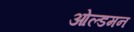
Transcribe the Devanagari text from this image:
ओल्डमन